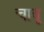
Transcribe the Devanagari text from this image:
चावू